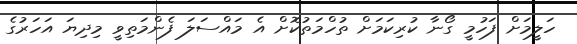
ހަލީމަށް ފަހުމީ ގޯނާ ކުރިކަމަށް ތުހްމަތުކޮށް އެ މައްސަލަ ފެންމަތިވީ މިދިޔަ އަހަރުގެ